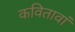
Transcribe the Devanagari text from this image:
कवितावां